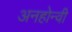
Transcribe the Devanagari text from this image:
अनहोन्‍वी